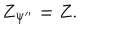
Z _ { \Psi ^ { \prime \prime } } = Z .